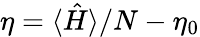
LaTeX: \eta=\langle\hat{H}\rangle/N-\eta_{0}